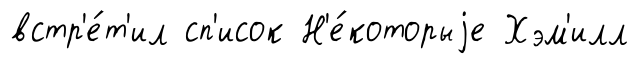
встр'е́т'ил сп'исок Н'е́которыjе Хэм'илл